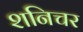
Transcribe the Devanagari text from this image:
शनिचर